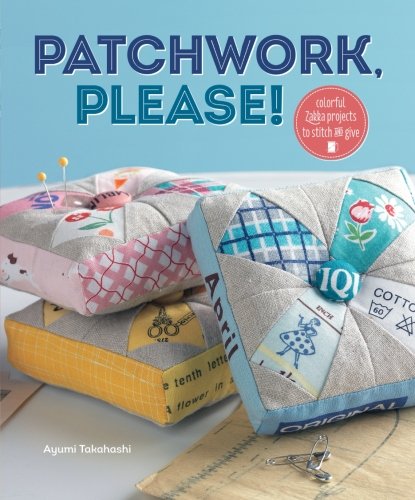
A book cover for Patchwork, Please!: Colorful Zakka Projects to Stitch and Give; Ayumi Takahashi; Crafts, Hobbies & Home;